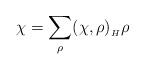
LaTeX: \begin{align*}\chi=\sum_\rho(\chi,\rho)_{_H}\rho\end{align*}